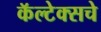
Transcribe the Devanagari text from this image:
कॅल्टेक्सचे